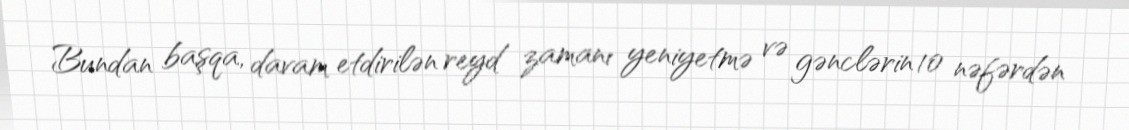
Bundan başqa, davam etdirilən reyd zamanı yeniyetmə və gənclərin 10 nəfərdən